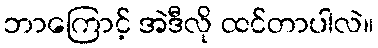
ဘာကြောင့် အဲဒီလို ထင်တာပါလဲ။